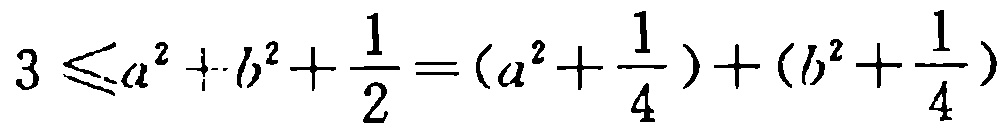
\[

3\leqslant a^{2}+b^{2}+\frac{1}{2}=\left(a^{2}+\frac{1}{4}\right)+\left(b^{2}+\frac{1}{4}\right)

\]